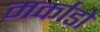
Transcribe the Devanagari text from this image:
मर्काडो